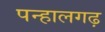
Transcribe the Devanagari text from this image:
पन्हालगढ़